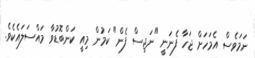
ނަމަވެސް އެމަހަށް ޖަހާ ފެނަނީ "ނަޖިސް ފެން" ކަމުން މިއީ ކަންބޮޑުވާ މައްސަލައެކެވެ.